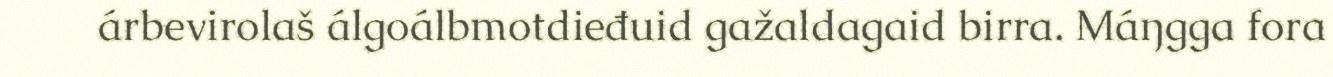
árbevirolaš álgoálbmotdieđuid gažaldagaid birra. Máŋgga fora